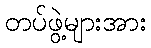
တပ်ဖွဲ့များအား